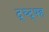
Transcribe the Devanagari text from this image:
द्घ्द्फ्ह